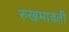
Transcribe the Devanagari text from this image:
रुखमावती